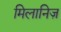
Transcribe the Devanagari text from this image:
मिलानिज़